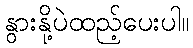
နွားနို့ပဲထည့်ပေးပါ။